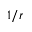
1 / r